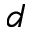
^ { d }